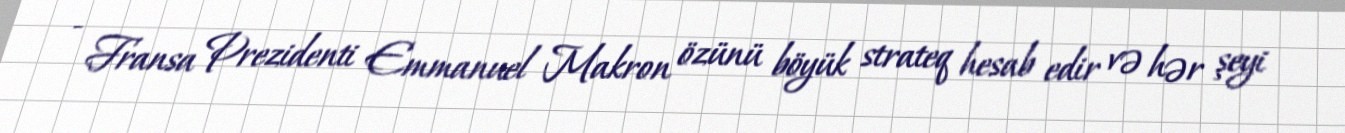
- Fransa Prezidenti Emmanuel Makron özünü böyük strateq hesab edir və hər şeyi